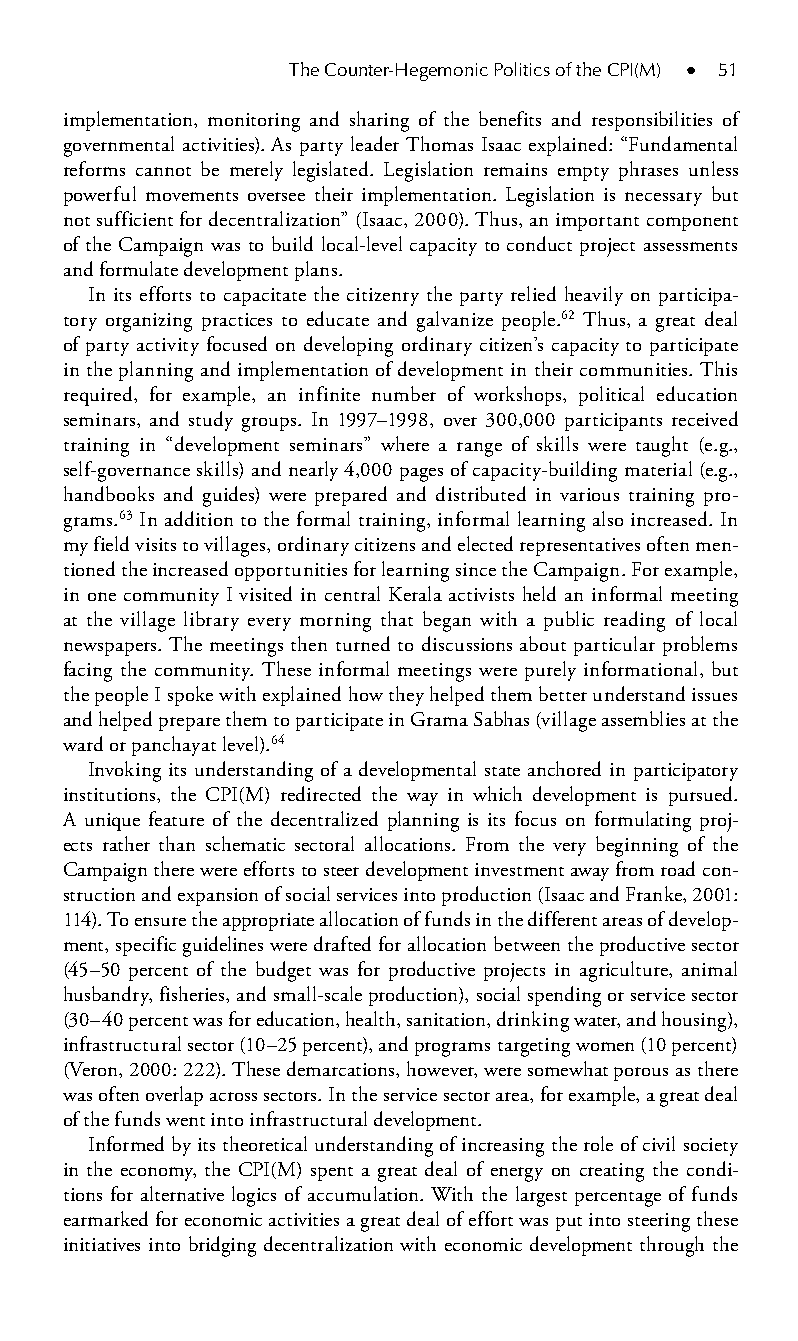
The Counter-Hegemonic Politics of the CPI(M) ● 51
 implementation, monitoring and sharing of the benefits and responsibilities of
 governmental activities). As party leader Thomas Isaac explained: “Fundamental
 reforms cannot be merely legislated. Legislation remains empty phrases unless
 powerful movements oversee their implementation. Legislation is necessary but
 not sufficient for decentralization” (Isaac, 2000). Thus, an important component
 of the Campaign was to build local-level capacity to conduct project assessments
 and formulate development plans.
 In its efforts to capacitate the citizenry the party relied heavily on participa-
 tory organizing practices to educate and galvanize people.62 Thus, a great deal
 of party activity focused on developing ordinary citizen’s capacity to participate
 in the planning and implementation of development in their communities. This
 required, for example, an infinite number of workshops, political education
 seminars, and study groups. In 1997–1998, over 300,000 participants received
 training in “development seminars” where a range of skills were taught (e.g.,
 self-governance skills) and nearly 4,000 pages of capacity-building material (e.g.,
 handbooks and guides) were prepared and distributed in various training pro-
 grams.63 In addition to the formal training, informal learning also increased. In
 my field visits to villages, ordinary citizens and elected representatives often men-
 tioned the increased opportunities for learning since the Campaign. For example,
 in one community I visited in central Kerala activists held an informal meeting
 at the village library every morning that began with a public reading of local
 newspapers. The meetings then turned to discussions about particular problems
 facing the community. These informal meetings were purely informational, but
 the people I spoke with explained how they helped them better understand issues
 and helped prepare them to participate in Grama Sabhas (village assemblies at the
 ward or panchayat level).64
 Invoking its understanding of a developmental state anchored in participatory
 institutions, the CPI(M) redirected the way in which development is pursued.
 A unique feature of the decentralized planning is its focus on formulating proj-
 ects rather than schematic sectoral allocations. From the very beginning of the
 Campaign there were efforts to steer development investment away from road con-
 struction and expansion of social services into production (Isaac and Franke, 2001:
 114). To ensure the appropriate allocation of funds in the different areas of develop-
 ment, specific guidelines were drafted for allocation between the productive sector
 (45–50 percent of the budget was for productive projects in agriculture, animal
 husbandry, fisheries, and small-scale production), social spending or service sector
 (30–40 percent was for education, health, sanitation, drinking water, and housing),
 infrastructural sector (10–25 percent), and programs targeting women (10 percent)
 (Veron, 2000: 222). These demarcations, however, were somewhat porous as there
 was often overlap across sectors. In the service sector area, for example, a great deal
 of the funds went into infrastructural development.
 Informed by its theoretical understanding of increasing the role of civil society
 in the economy, the CPI(M) spent a great deal of energy on creating the condi-
 tions for alternative logics of accumulation. With the largest percentage of funds
 earmarked for economic activities a great deal of effort was put into steering these
 initiatives into bridging decentralization with economic development through the
 99778800223300660066440011ttss0055..iinndddd 5511 33//2277//22000088 33::0000::5555 PPMM